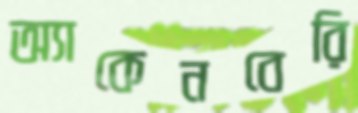
অ্যাকেনবেরি